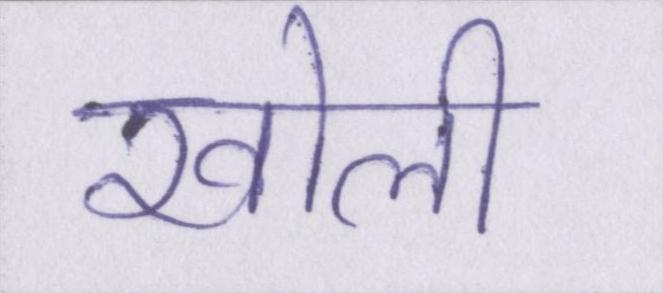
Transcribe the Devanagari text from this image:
खोली